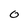
Character: 0